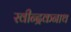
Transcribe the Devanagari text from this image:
रवीन्द्रकनाथ